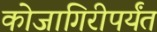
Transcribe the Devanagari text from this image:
कोजागिरीपर्यंत